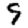
Digit: 9